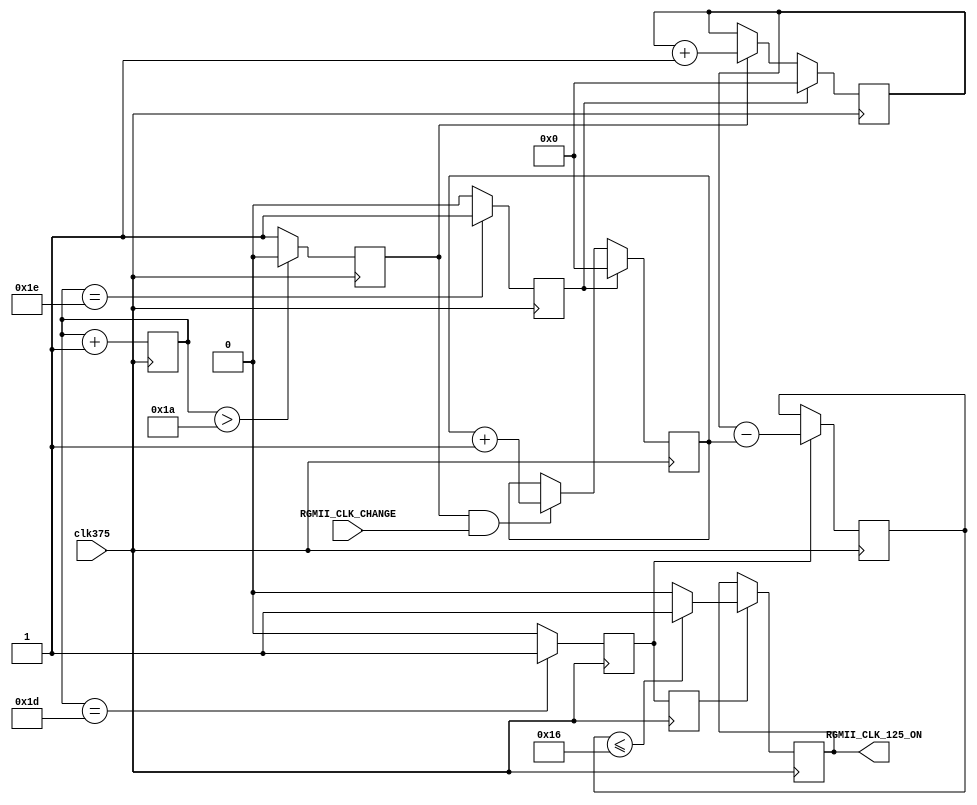
`timescale 1ns / 1ps
//////////////////////////////////////////////////////////////////////////////////
// Company: 
// Engineer: 
// 
// Design Name: 
// Module Name: RGMII_ClockSpeed_Test
// Project Name: 
// Target Devices: 
// Tool Versions: 
// Description: 
// 
// Dependencies: 
// 
// Revision:
// Revision 0.01 - File Created
// Additional Comments:
// 
//////////////////////////////////////////////////////////////////////////////////

module RGMII_ClockSpeed_Test
(
	input clk375,
	input RGMII_CLK_CHANGE,
	output RGMII_CLK_125_ON
);

	reg [4:0] State=1'b0;
	reg Start=1'b0;
	reg ACLR=1'b0;
	reg Compare=1'b0;
	reg CompareD=1'b0;
	reg [4:0] REG_LCLK=1'b0;
	reg [4:0] REGRXC=1'b0;
	reg [5:0] Result=1'b0;
	reg CLK_125_ON=1'b0;
	
always @ (posedge clk375)
begin

State<=State+1'b1;
if (State >5'b11010)Start<=1'b0; else Start<=1'b1;
if (State==5'b11101)Compare<=1'b1; else Compare<=1'b0;
if (State==5'b11110)ACLR <=1'b1; else ACLR <=1'b0;
CompareD<=Compare;
if (Compare)Result<=REG_LCLK-REGRXC;
if (CompareD)
	begin
		if((Result<=6'd22))CLK_125_ON<=1'b1; else CLK_125_ON<=1'b0;
	end
end

always @ (posedge clk375 )
begin
if (ACLR) REG_LCLK<=1'b0;
	else if (Start) REG_LCLK<=REG_LCLK+1'b1;
end


always @ (posedge clk375 )
begin
if (ACLR) REGRXC<=1'b0;
	else if (Start&&RGMII_CLK_CHANGE) REGRXC<=REGRXC+1'b1;
end

	assign RGMII_CLK_125_ON = CLK_125_ON;

endmodule